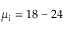
\mu _ { \mathrm { i } } = 1 8 - 2 4